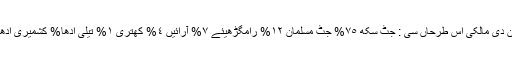
زمین دی مالکی اس طرحاں سی : جٹ سِکھ ٧٥% جٹ مُسلمان ١٢% رامگڑھیئے ٧% آرائیں ٤% کھتری ١% تیلی ادھا% کشمیری ادھا%۔